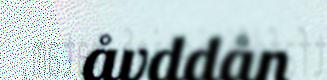
åvddån